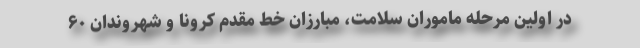
در اولین مرحله ماموران سلامت، مبارزان خط مقدم کرونا و شهروندان ۶۰